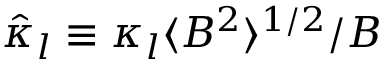
\hat { \kappa } _ { l } \equiv \kappa _ { l } \langle B ^ { 2 } \rangle ^ { 1 / 2 } / B